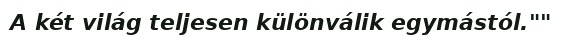
A két világ teljesen különválik egymástól.""